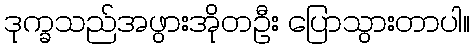
ဒုက္ခသည်အဖွားအိုတဦး ပြောသွားတာပါ။